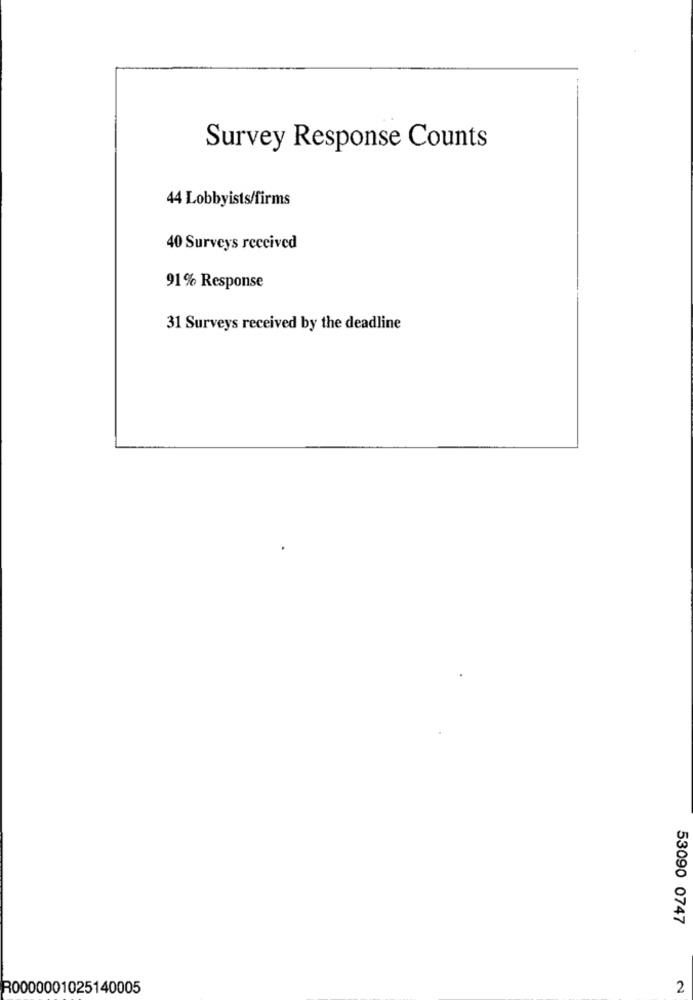
Survey Response Counts
44 Lobbyists/firms
40 Surveys received
91% Response
31 Surveys received by the deadline
53090 0747
R0000001025140005
2